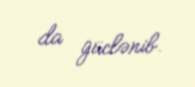
da güclənib.